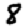
Digit: 8